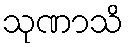
သုဏာသိ